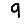
Digit: 9